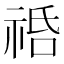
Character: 𥙱